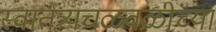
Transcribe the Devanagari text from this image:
स्वातंत्र्यचळवळीच्या